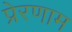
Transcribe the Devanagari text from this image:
प्रेरणाम